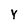
Character: Y